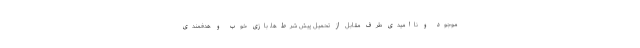
موجود و ناامیدی طرف مقابل از تحمیل پیش شرط‌ها، بازی خوب و هدفمندی